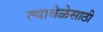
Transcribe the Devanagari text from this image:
त्यावेळेसाठी